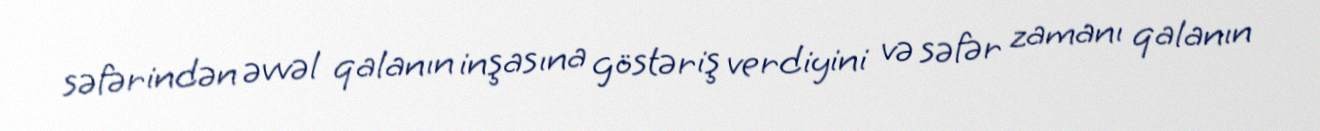
səfərindən əvvəl qalanın inşasına göstəriş verdiyini və səfər zamanı qalanın